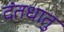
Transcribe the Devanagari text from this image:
दंतधातु